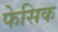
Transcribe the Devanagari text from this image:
फेसिक